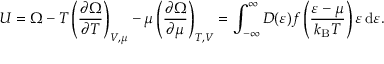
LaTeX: U = \Omega - T \left( { \frac { \partial \Omega } { \partial T } } \right) _ { V , \mu } - \mu \left( { \frac { \partial \Omega } { \partial \mu } } \right) _ { T , V } = \int _ { - \infty } ^ { \infty } D ( \varepsilon ) { \mathcal { f } } \left( { \frac { \varepsilon - \mu } { k _ { \mathrm { { B } } } T } } \right) \varepsilon \, \mathrm { d } \varepsilon .